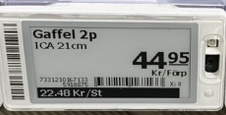
Vara: Gaffel
Genomsnittspris: 22.48 per st